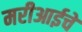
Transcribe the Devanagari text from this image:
मरीआईचे